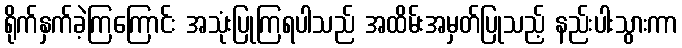
ရိုက်နှက်ခဲ့ကြကြောင်း အသုံးပြုကြရပါသည် အထိမ်းအမှတ်ပြုသည့် နည်းပါးသွားကာ